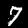
Label: 7